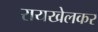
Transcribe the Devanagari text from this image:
रायखेलकर